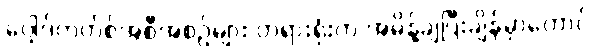
ပေါ့ဒ်ကတ်စ်အစီအစဉ်များ တရားရုံးက အမိန့်ချပြီးချိန်မှာတောင်